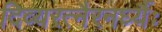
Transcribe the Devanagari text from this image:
दिव्यरत्नैरनर्घ्यैः